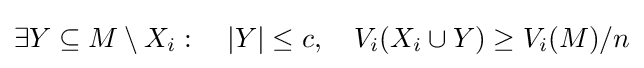
\exists Y\subseteq M\setminus X_{i}:~~~|Y|\leq c,~~~V_{i}(X_{i}\cup Y)\geq V_{i}(M)/n